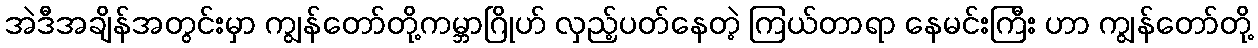
အဲဒီအချိန်အတွင်းမှာ ကျွန်တော်တို့ကမ္ဘာဂြိုဟ် လှည့်ပတ်နေတဲ့ ကြယ်တာရာ နေမင်းကြီး ဟာ ကျွန်တော်တို့